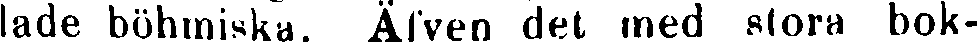
lade böhmiska. Äfven det med stora bok-